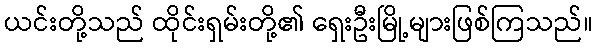
ယင်းတို့သည် ထိုင်းရှမ်းတို့၏ ရှေးဦးမြို့များဖြစ်ကြသည်။